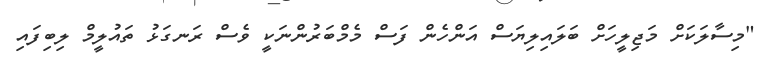
"މިސާލަކަށް މަޖިލީހަށް ބަލައިލިޔަސް އަންހެން ފަސް މެމްބަރުންނަކީ ވެސް ރަނގަޅު ތައުލީމް ލިބިފައި